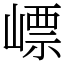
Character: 㟽